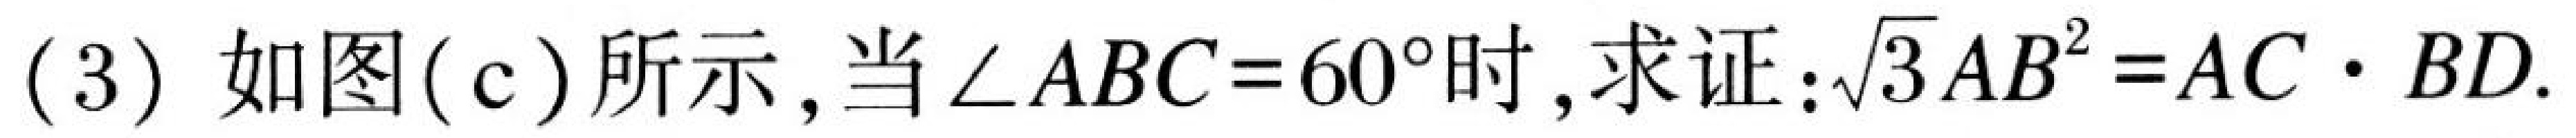
(3) 如图(c)所示,当$\angle ABC = 60^{\circ}$时,求证:$\sqrt{3}AB^{2}=AC\cdot BD$.